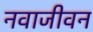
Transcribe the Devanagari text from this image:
नवाजीवन